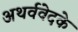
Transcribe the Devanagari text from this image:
अथर्ववेदके